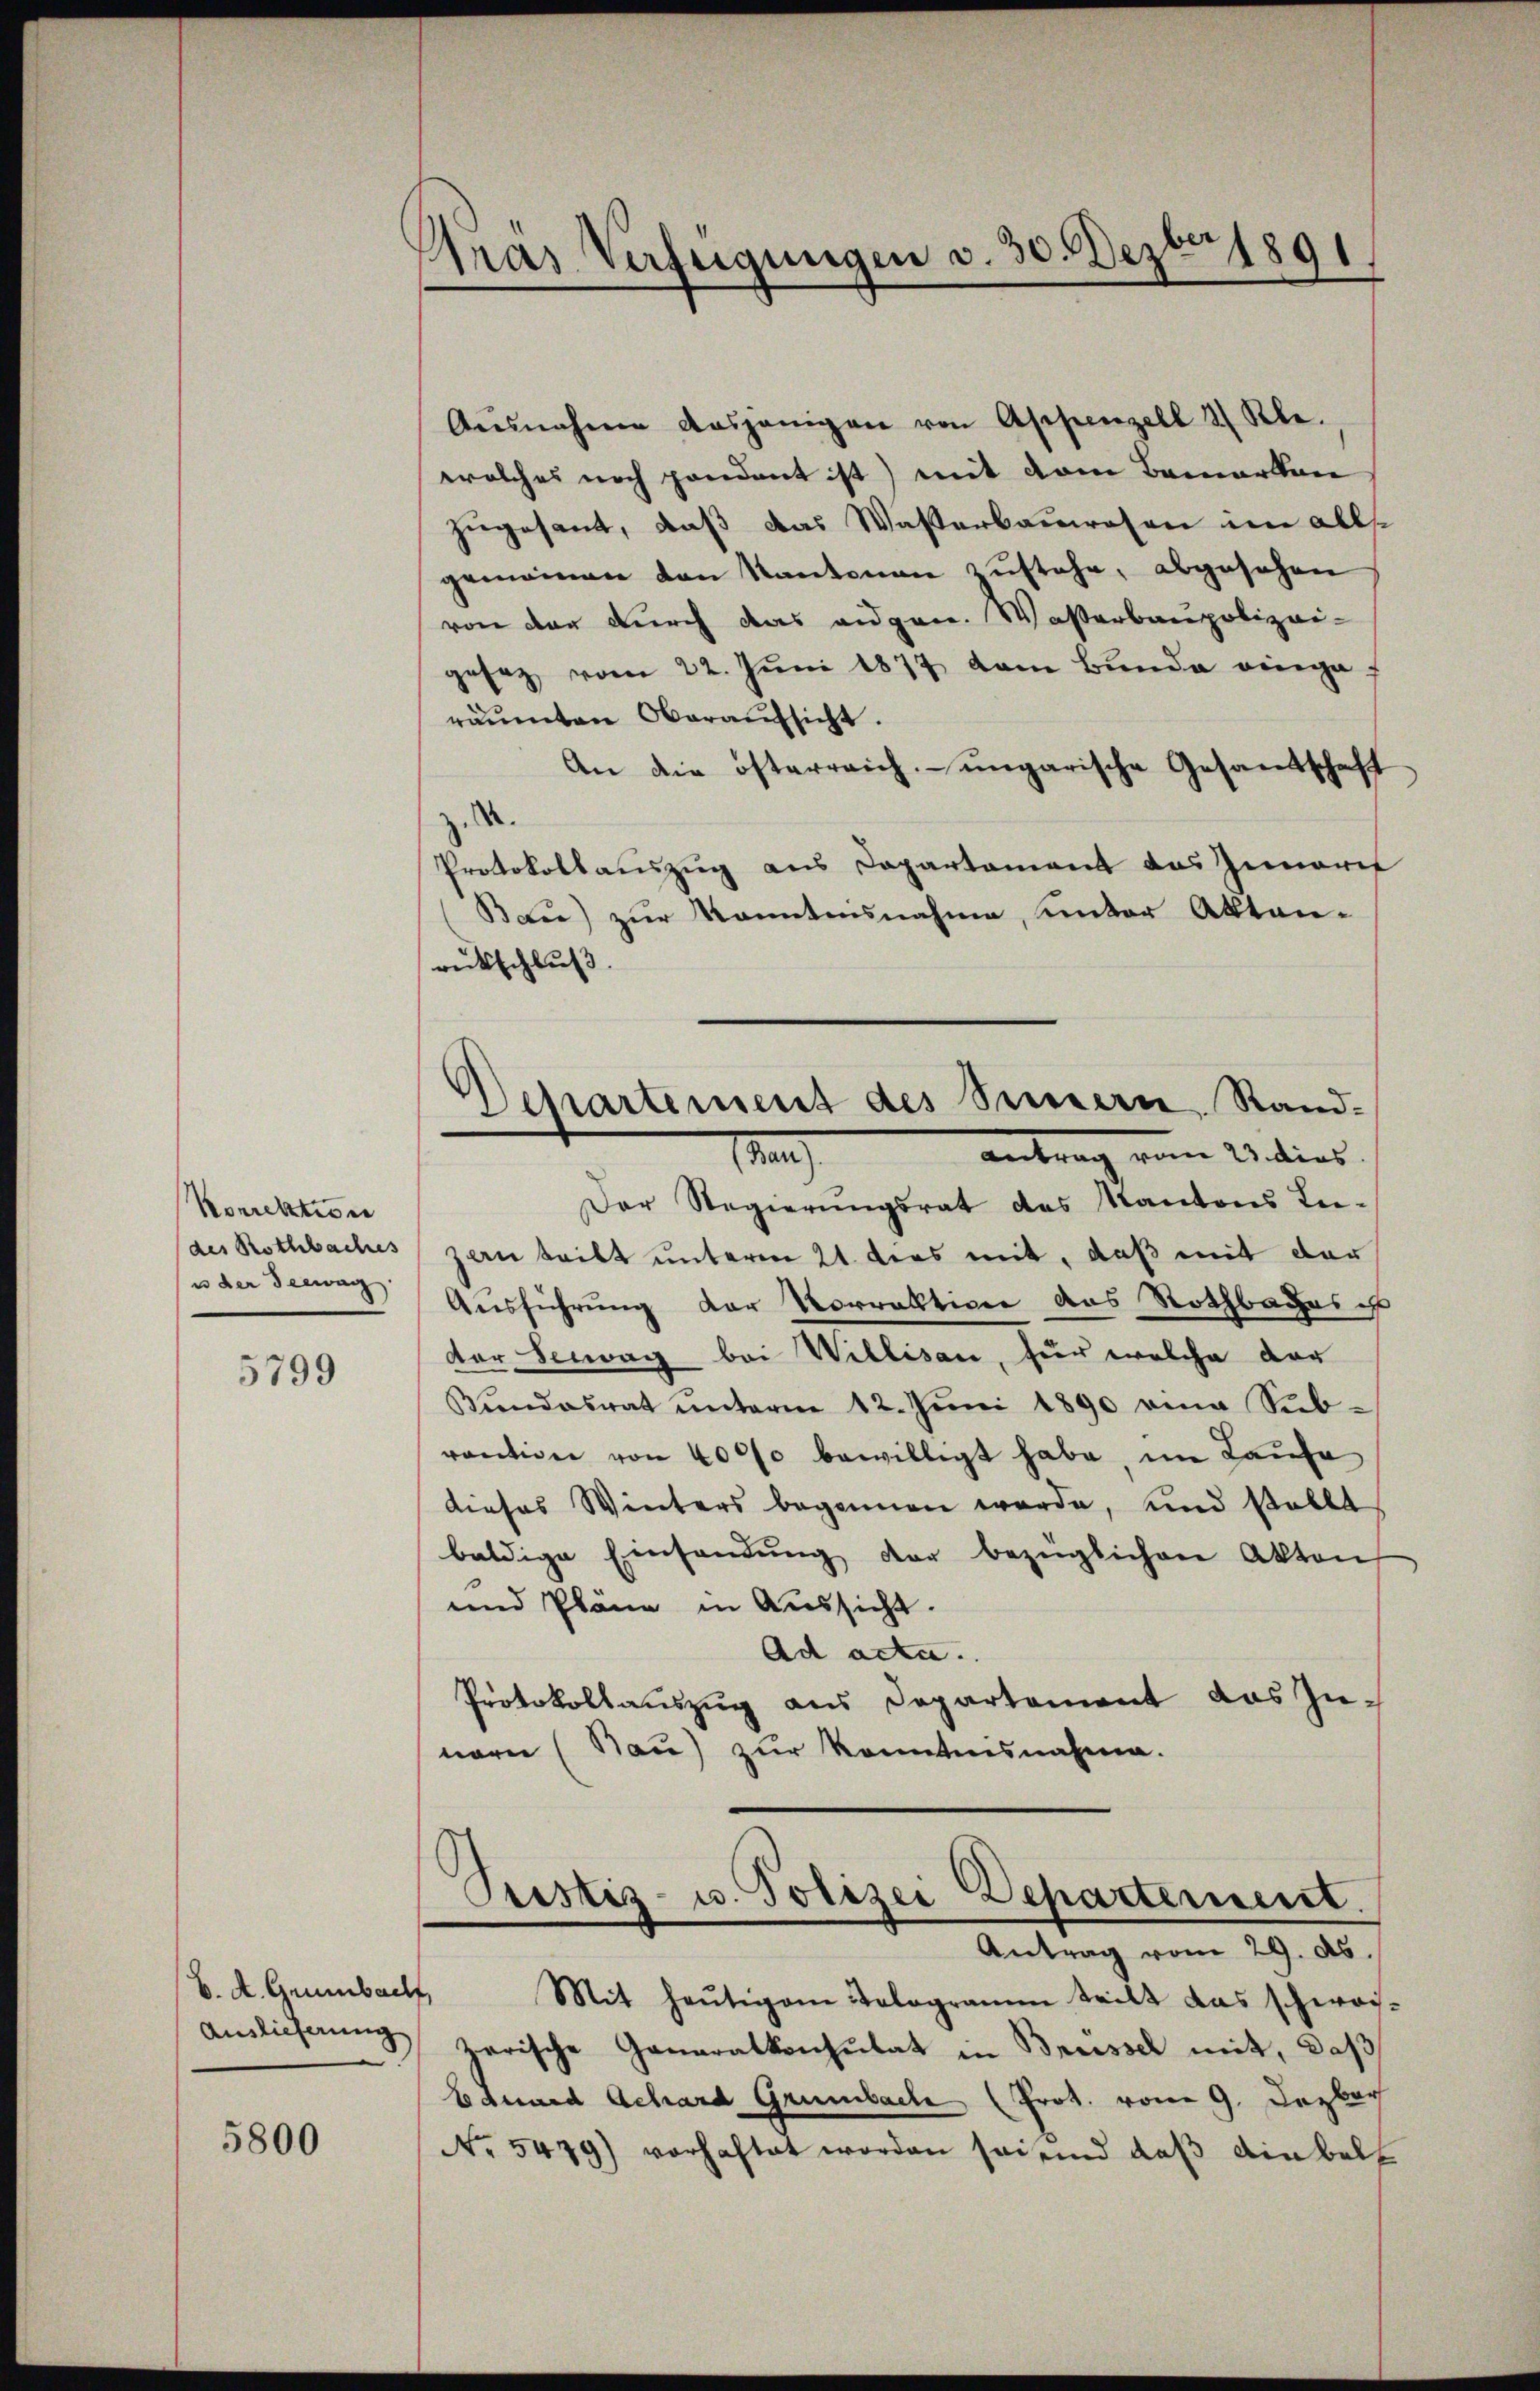
Korrektion
des Rothbaches
us der Seewag

5799

b. A. Grünbach,
Auslieferung

5800

Gras Verfügungen d. 30. Dezbr 1891

Aŭsnahme dasjenigen von Appenzell 2 Kle
welches noch pendant ist) mit dem Bemerken
zugesant, daß das Wasserbauwesen im alls
gemeinen von Kantonen zustehe, abgesehen
von der durch das augen. Wasserbaupolizei-
gesez vom 22. Jŭni 1877 kam Bunde eingeräumten Oberaufsicht.
An die österreich ungarische Gesandtschaft
z..
Protokollauszug aus Capartement das Zinorit
Bdie) zur Kanntensnahme, unter Aktenrückschluß.
Departement des Sinnern, Sandantrag von Wadias.
a
Der Regierungsrat des Kantons In-
zan teilt unterm 21. dies mit, daß mit der
Ausführung der Vorraktiven das Rothbaches
der Seewag bei Willisau, für welche der
Bundesrat unterm 12. Juni 1890 eine Sub-
vention von 4000 bewilligt habe im Kaufe
dieses Winters begonnen werde, und stellt
baldige Einsendung der bezüglichen Akten
und Plane in Aussicht.
Ad acta.
Protokollauszug aus Departement das Zunern (Bau) zur Kenntnisnahme.

Fristiz- u. Polizei Departement.
Antrag vom 29. ds.

Mit heutigem Tologramm teilt das schwai-
zerische Generalkonsulat in Brüssel mit, daß
Eduard Achard Grünbach (Prot. vom 9. Dezbr
No. 5479) vorhaftet worden sei eind daβ einball